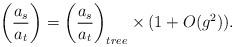
LaTeX: \begin{align*}\biggl({{a_s}\over{a_t}}\biggr)=\biggl({{a_s}\over{a_t}}\biggr)_{tree}\times (1 + O(g^2)).\end{align*}